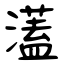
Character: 濭